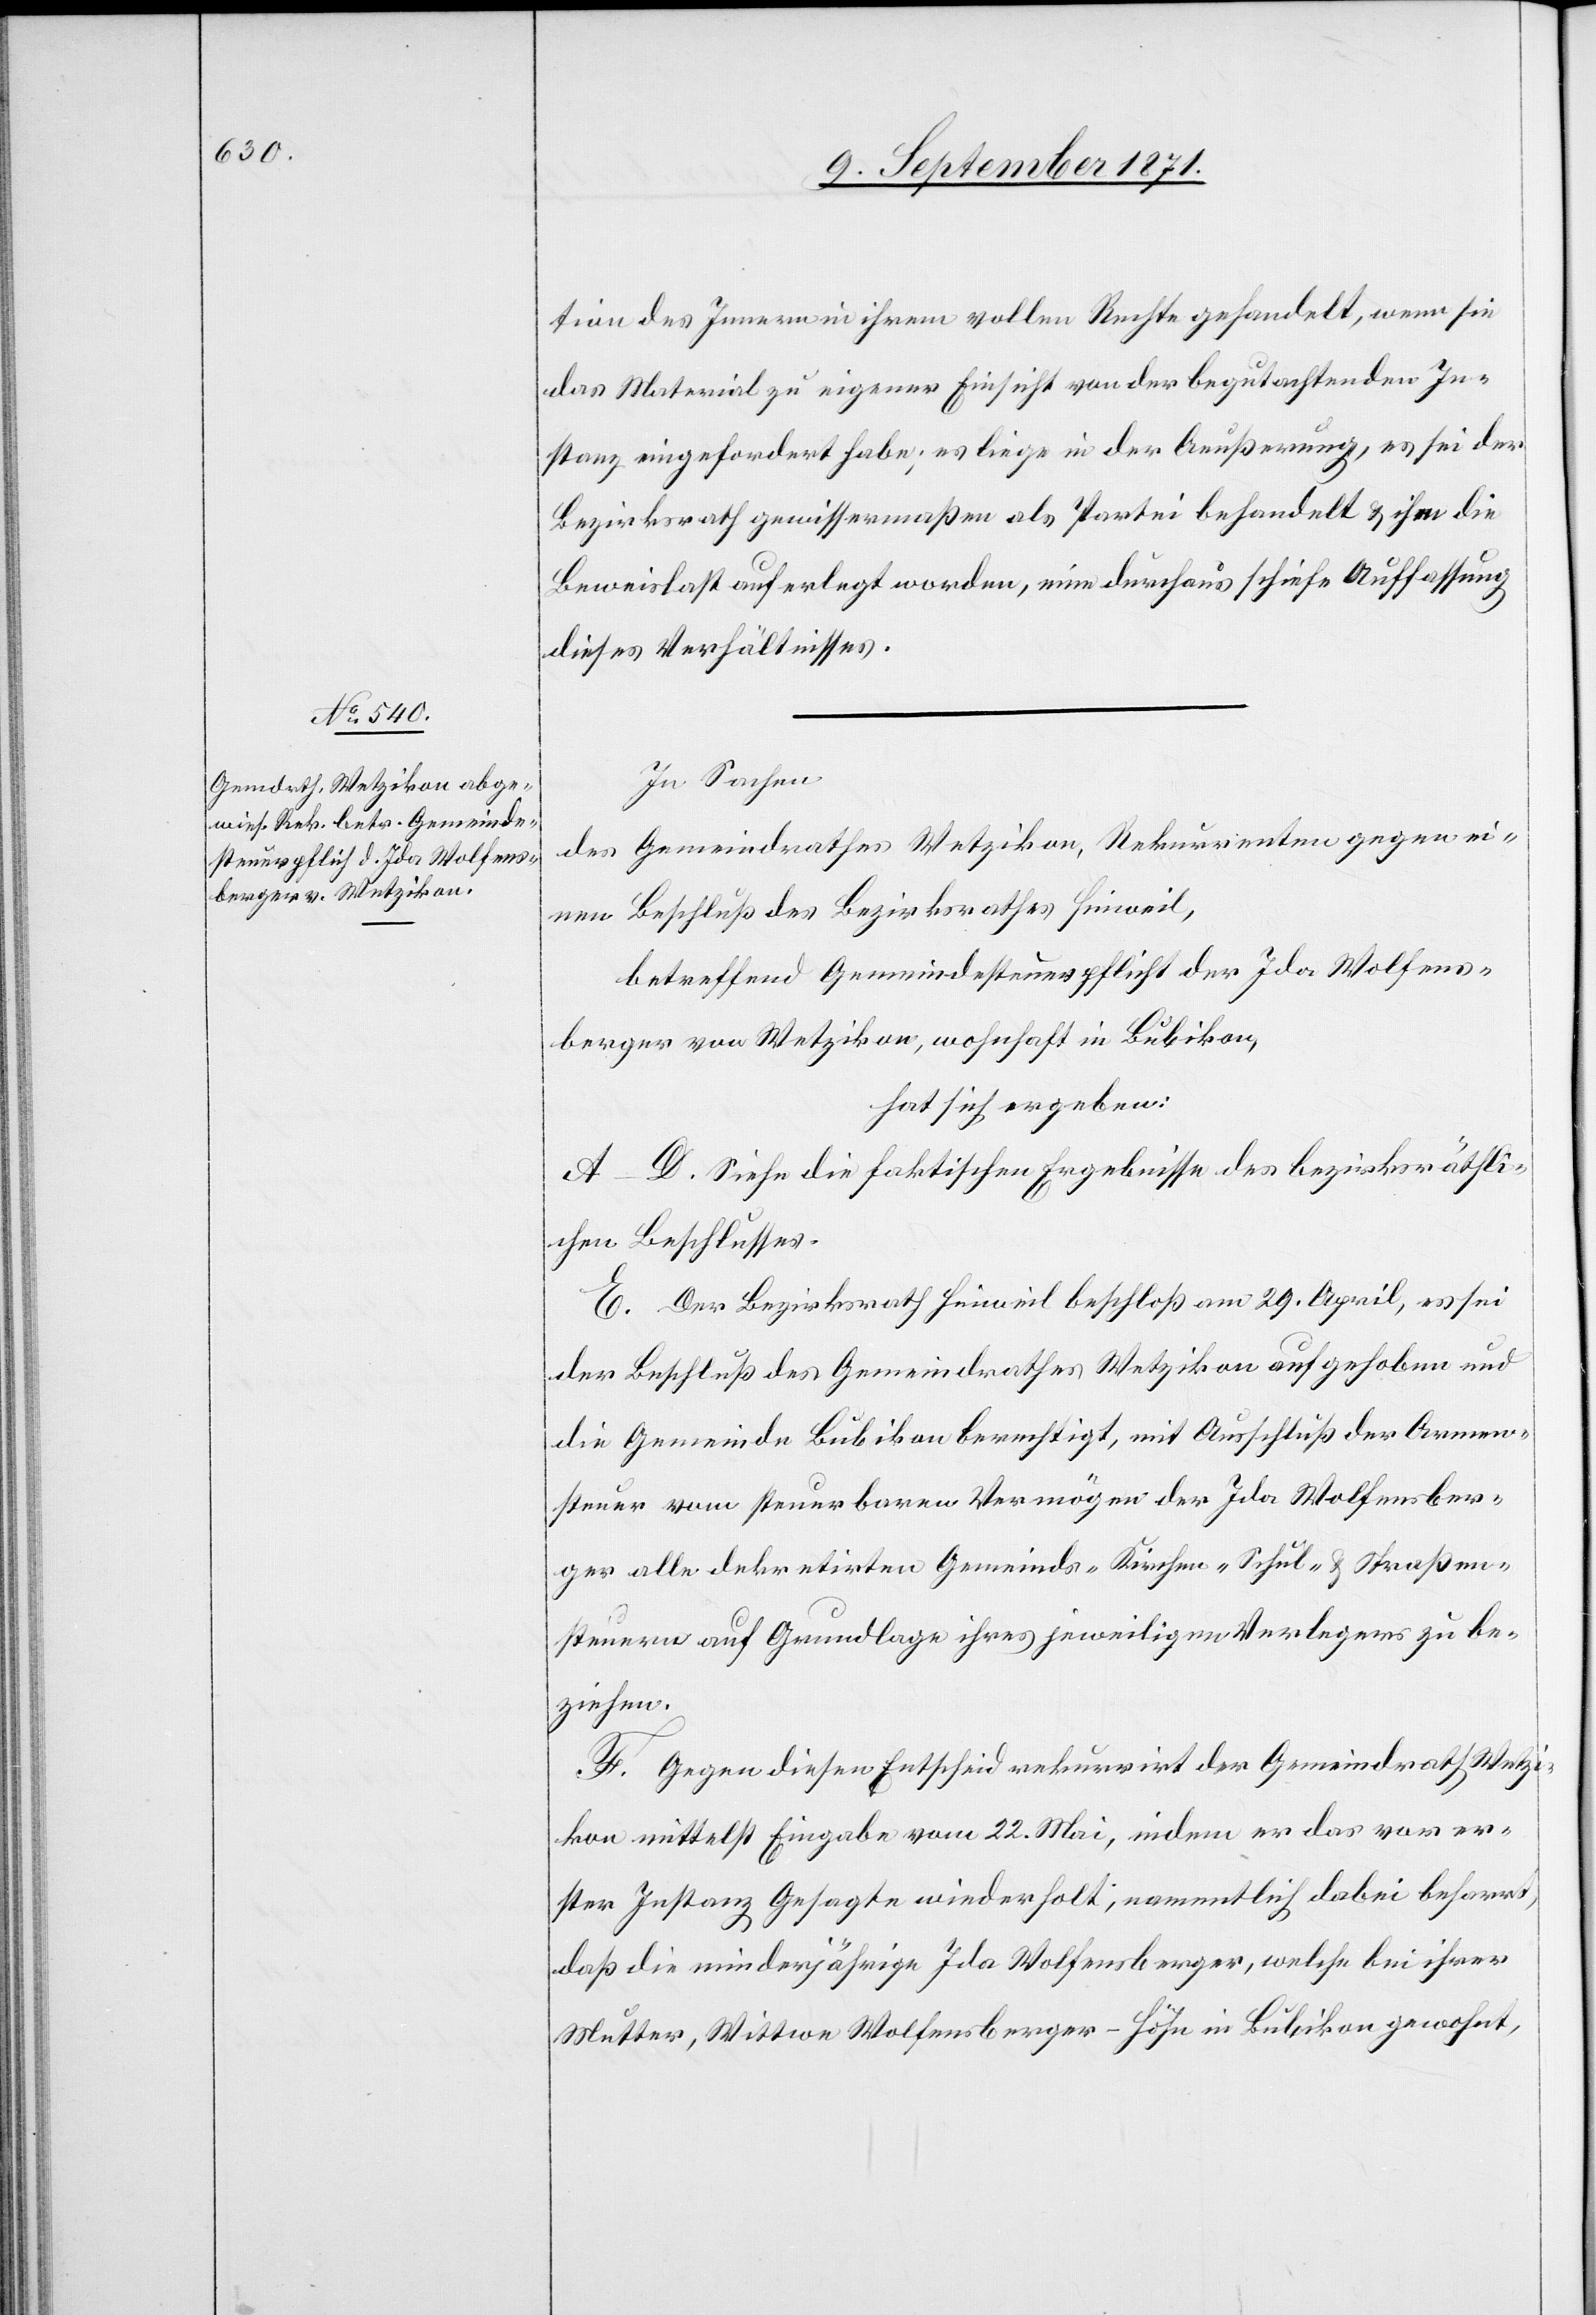
tion des Innern in ihrem vollen Rechte gehandelt, wenn sie
das Material zu eigener Einsicht von der begutachtenden In¬
stanz eingefordert habe; es liege in der Aeußerung, es sei der
Bezirksrath gewissermaßen als Partei behandelt & ihm die
Beweislast auferlegt worden, eine durchaus schiefe Auffassung
dieses Verhältnisses.
In Sachen
des Gemeindrathes Wetzikon, Rekurrenten gegen ei¬
nen Beschluß des Bezirksrathes Hinweil,
betreffend Gemeindesteuerpflicht der Ida Wolfens¬
berger von Wetzikon, wohnhaft in Bubikon,
hat sich ergeben:
A–D. Siehe die faktischen Ergebnisse des bezirksräthli¬
chen Beschlusses.
E. Der Bezirksrath Hinweil beschloß am 29. April, es sei
der Beschluß des Gemeindrathes Wetzikon aufgehoben und
die Gemeinde Bubikon berechtigt, mit Ausschluß der Armen¬
steuer vom steuerbaren Vermögen der Ida Wolfensber¬
ger alle dekretirten Gemeinds- Kirchen- Schul- & Straßen¬
steuern auf Grundlage ihres jeweiligen Verlegers zu be¬
ziehen.
F. Gegen diesen Entscheid rekurrirt der Gemeindrath Wetzi¬
kon mittelst Eingabe vom 22. Mai, indem er das vor er¬
ster Instanz Gesagte wiederholt; namentlich dabei beharrt,
daß die minderjährige Ida Wolfensberger, welche bei ihrer
Mutter, Wittwe Wolfensberger-Höhn in Bubikon gewohnt,